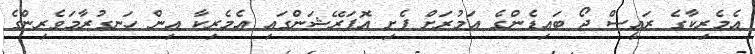
އެމެރިކާގެ ރައީސް ޖޯ ބައިޑެންގެ އަމުރަށް ފެށި އޮޕަރޭޝަންގައި އެމެރިކާ އިން ހަނގުރާމަވެރިންގެ